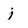
Character: j